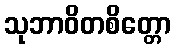
သုဘာဝိတစိတ္တော